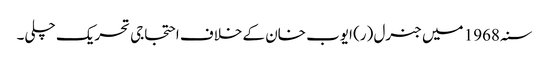
سنہ 1968 میں جنرل (ر) ایوب خان کے خلاف احتجاجی تحریک چلی۔